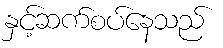
နှင့်ဆက်စပ်နေသည်